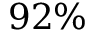
9 2 \%